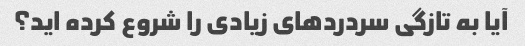
آیا به تازگی سردردهای زیادی را شروع کرده اید؟